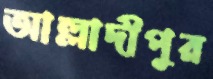
আল্লাদীপুর